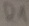
Text: R1